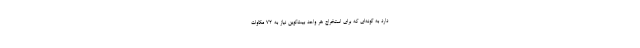
دارد به گونه‌ای که برای استخراج هر واحد بیت‌کوین نیاز به ۷۲ مگاوات